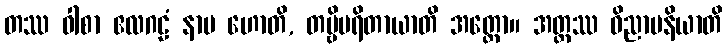
တဿ ဝါစာ ဧလဂဠံ နာမ ဟောတိ, တဗ္ဗိပရိတာယာတိ အတ္ထော။ အတ္ထဿ ဝိညာပနိယာတိ